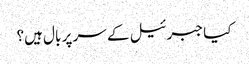
کیا جبرئیل کے سر پر بال ہیں؟